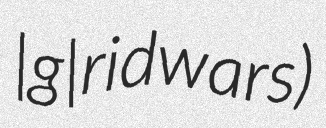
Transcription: |g|ridwars)